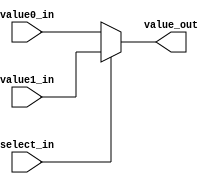
module MUX32_2X1
  (
   value_out,
   value0_in, 
   value1_in, 
   select_in
   );
   
   parameter MUX_delay = 4;  

   output [31:0] value_out;
   reg [31:0] 	 value_out;		
	
   input [31:0]  value0_in, value1_in;
   input 	 select_in;	

   always@*
     begin
	#MUX_delay;
	
	if (~select_in)
	  value_out = value0_in;
	else
	  value_out = value1_in;
     end

endmodule // MUX32_2X1